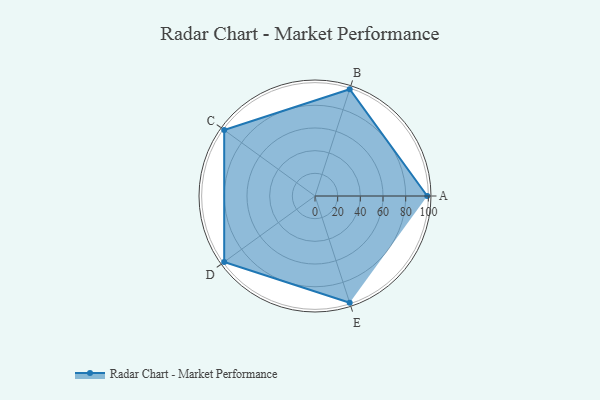
{"axis": {"x": "Skill", "y": "Score"}, "legend": ["Profile"], "data": [{"x": "A", "y": 99, "type": "Profile"}, {"x": "B", "y": 99, "type": "Profile"}, {"x": "C", "y": 99, "type": "Profile"}, {"x": "D", "y": 99, "type": "Profile"}, {"x": "E", "y": 99, "type": "Profile"}]}